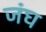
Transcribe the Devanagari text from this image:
जंघ